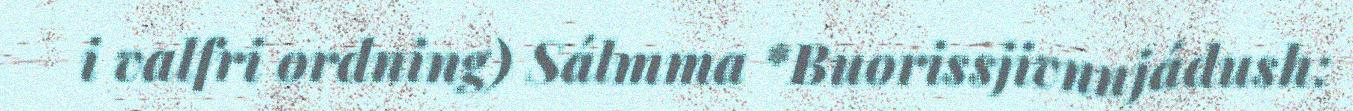
i valfri ordning) Sálmma *Buorissjivnnjádush: